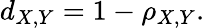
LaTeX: d_{X,Y}=1-\rho_{X,Y}.